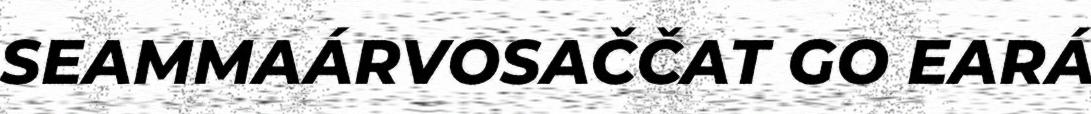
SEAMMAÁRVOSAČČAT GO EARÁ